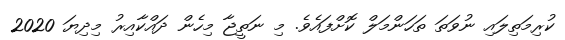
ކުރިމަތިލައި ނުވަތަ ތަހަންމަލް ކޮށްފައެވެ. މި ނަތީޖާ މިހެން ދައްކާއިރު މިދިޔަ 2020